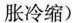
胀冷缩)